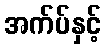
အက်ပ်နှင့်